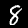
Label: 8